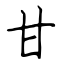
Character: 甘